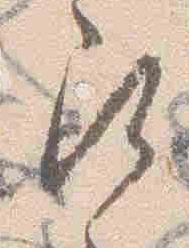
尋